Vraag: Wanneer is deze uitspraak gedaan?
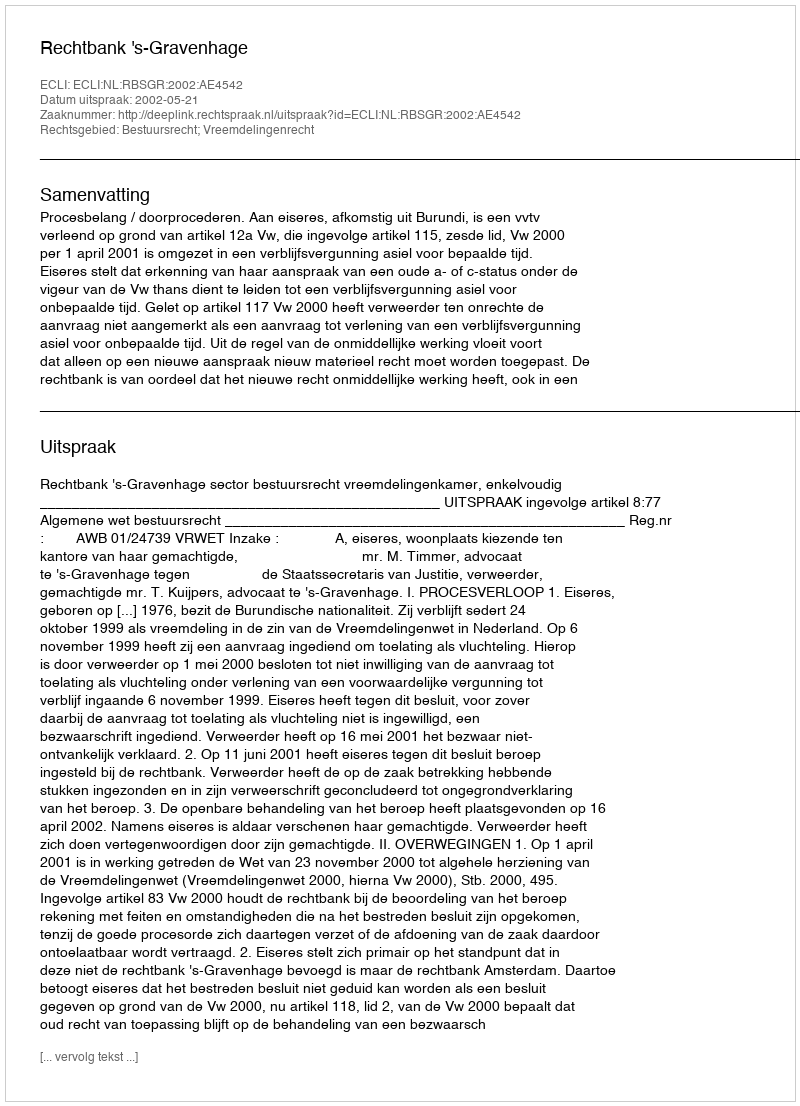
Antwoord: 2002-05-21